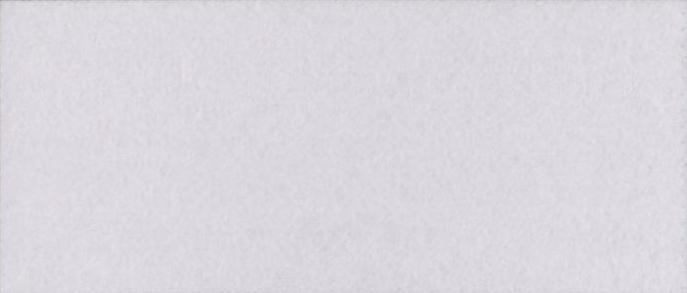
विदर्भ